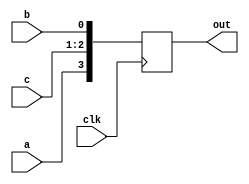
module always_concat(
	input clk,
	input a, 
	input b, 
	input [1:0] c,
	output reg [3:0] out
);

	always @(posedge clk) begin
		out <= {a,c,b};
	end

endmodule